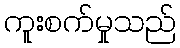
ကူးစက်မှုသည်